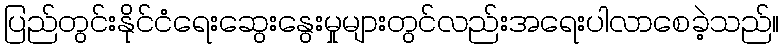
ပြည်တွင်းနိုင်ငံရေးဆွေးနွေးမှုများတွင်လည်းအရေးပါလာစေခဲ့သည်။